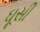
ઘૂસી